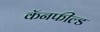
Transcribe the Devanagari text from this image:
कॅनफील्ड